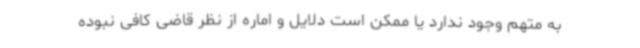
به متهم وجود ندارد یا ممکن است دلایل و اماره از نظر قاضی کافی نبوده